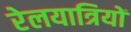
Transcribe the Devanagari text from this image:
रेलयात्रियों